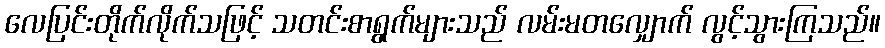
လေပြင်းတိုက်လိုက်သဖြင့် သတင်းစာရွက်များသည် လမ်းမတလျှောက် လွင့်သွားကြသည်။